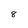
Character: 8